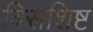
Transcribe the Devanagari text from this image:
विसशिष्ट